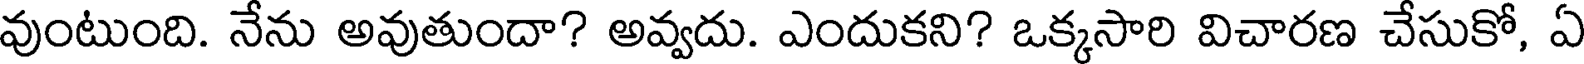
వుంటుంది. నేను అవుతుందా? అవ్వదు. ఎందుకని? ఒక్కసారి విచారణ చేసుకో, ఏ